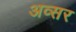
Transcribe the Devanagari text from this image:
अव्सर